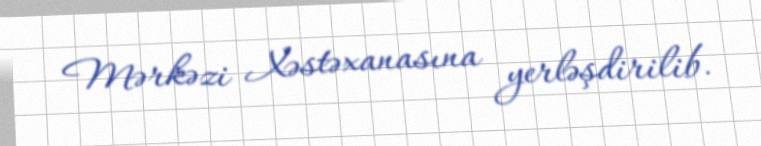
Mərkəzi Xəstəxanasına yerləşdirilib.